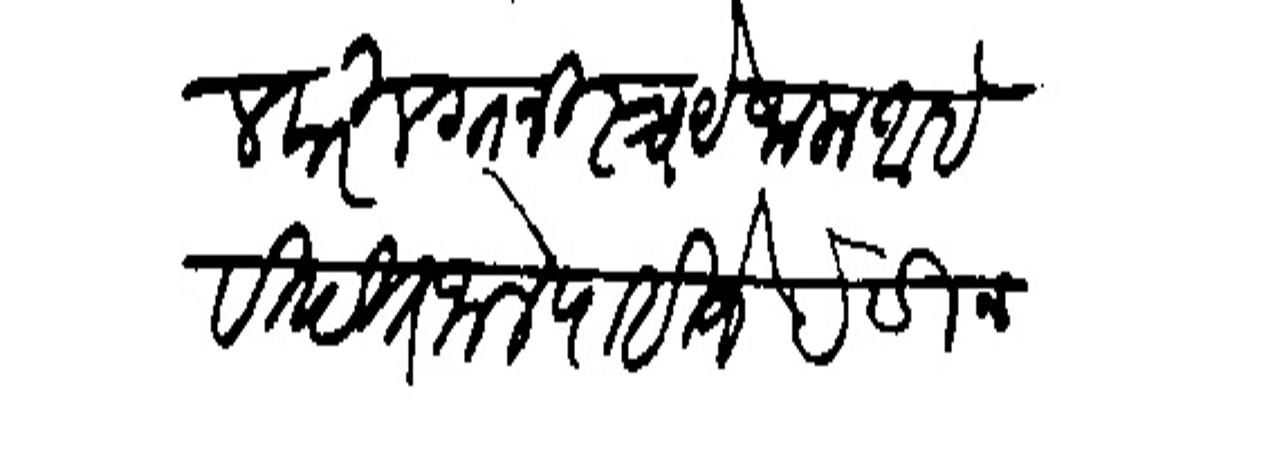
Transliteration (Devanagari): मंगलवारी लग्न निस्चये जाला आहे विदित जाले पाहिजे हे विनंती